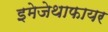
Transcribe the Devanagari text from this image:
इमेजेथाफायर